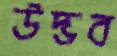
উদ্ভব